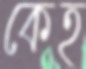
কেহ